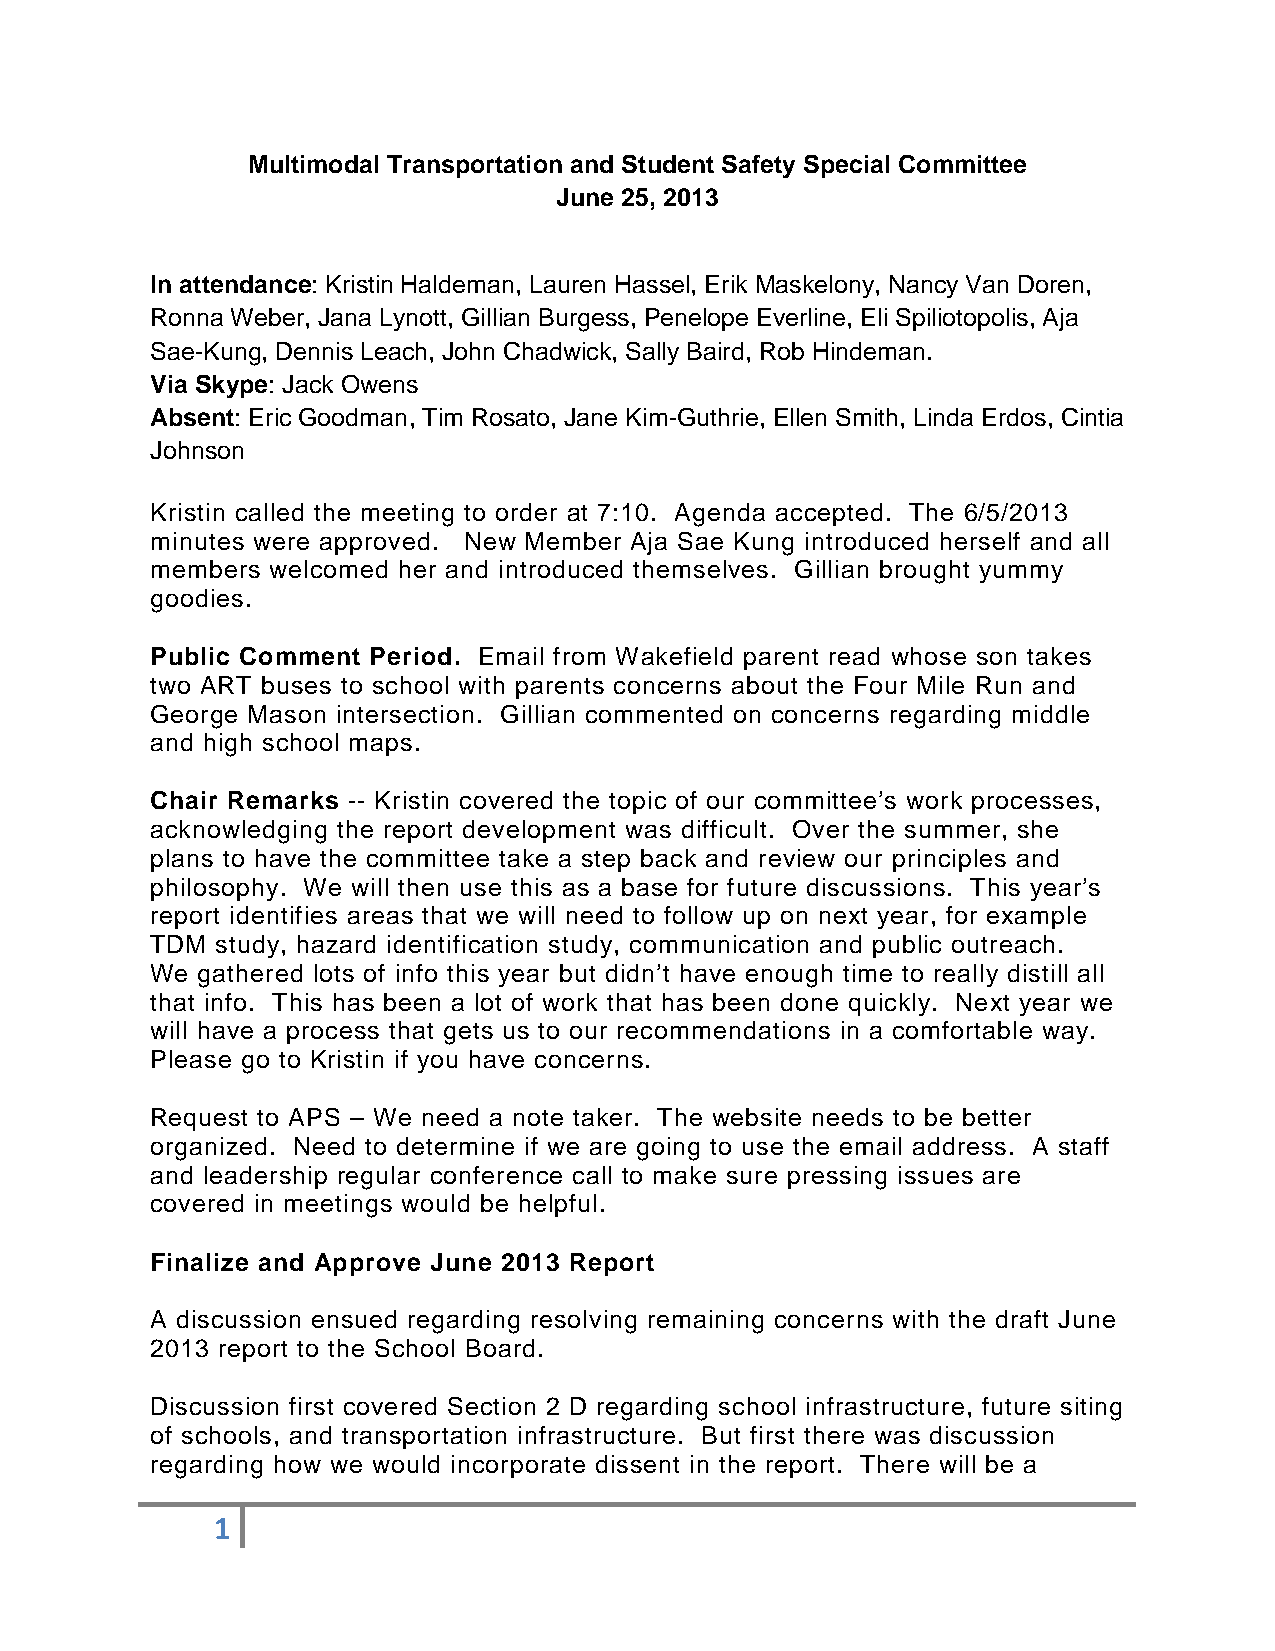
Multimodal Transportation and Student Safety Special Committee
 June 25, 2013
 In attendance: Kristin Haldeman, Lauren Hassel, Erik Maskelony, Nancy Van Doren,
 Ronna Weber, Jana Lynott, Gillian Burgess, Penelope Everline, Eli Spiliotopolis, Aja
 Sae-Kung, Dennis Leach, John Chadwick, Sally Baird, Rob Hindeman.
 Via Skype: Jack Owens
 Absent: Eric Goodman, Tim Rosato, Jane Kim-Guthrie, Ellen Smith, Linda Erdos, Cintia
 Johnson
 Kristin called the meeting to order at 7:10. Agenda accepted. The 6/5/2013
 minutes were approved. New Member Aja Sae Kung introduced herself and all
 members welcomed her and introduced themselves. Gillian brought yummy
 goodies.
 Public Comment Period. Email from Wakefield parent read whose son takes
 two ART buses to school with parents concerns about the Four Mile Run and
 George Mason intersection. Gillian commented on concerns regarding middle
 and high school maps.
 Chair Remarks -- Kristin covered the topic of our committee’s work processes,
 acknowledging the report development was difficult. Over the summer, she
 plans to have the committee take a step back and review our principles and
 philosophy. We will then use this as a base for future discussions. This year’s
 report identifies areas that we will need to follow up on next year, for example
 TDM study, hazard identification study, communication and public outreach.
 We gathered lots of info this year but didn’t have enough time to really distill all
 that info. This has been a lot of work that has been done quickly. Next year we
 will have a process that gets us to our recommendations in a comfortable way.
 Please go to Kristin if you have concerns.
 Request to APS – We need a note taker. The website needs to be better
 organized. Need to determine if we are going to use the email address. A staff
 and leadership regular conference call to make sure pressing issues are
 covered in meetings would be helpful.
 Finalize and Approve June 2013 Report
 A discussion ensued regarding resolving remaining concerns with the draft June
 2013 report to the School Board.
 Discussion first covered Section 2 D regarding school infrastructure, future siting
 of schools, and transportation infrastructure. But first there was discussion
 regarding how we would incorporate dissent in the report. There will be a
 1